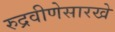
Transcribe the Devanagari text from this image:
रुद्रवीणेसारखे